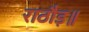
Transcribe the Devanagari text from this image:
राठौड़॥